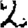
Digit: 2